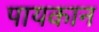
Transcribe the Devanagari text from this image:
पायकान